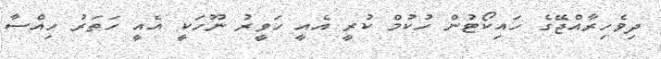
ދިވެހިރާއްޖޭގެ ހައިކޯޓުން ހުކުމް ކުރީ އެއީ ހަވީރު ނޫހަކީ އެއީ ހަތަރު ހިއްސާ